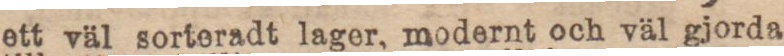
ett väl sorteradt lager, modernt och väl gjorda